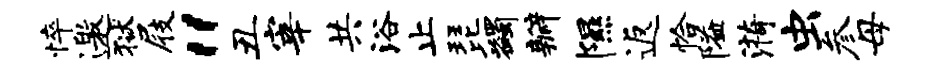
悴邀狱屐“丑宰共浴止琵蠲瓣隰返恰隘漪虫参母